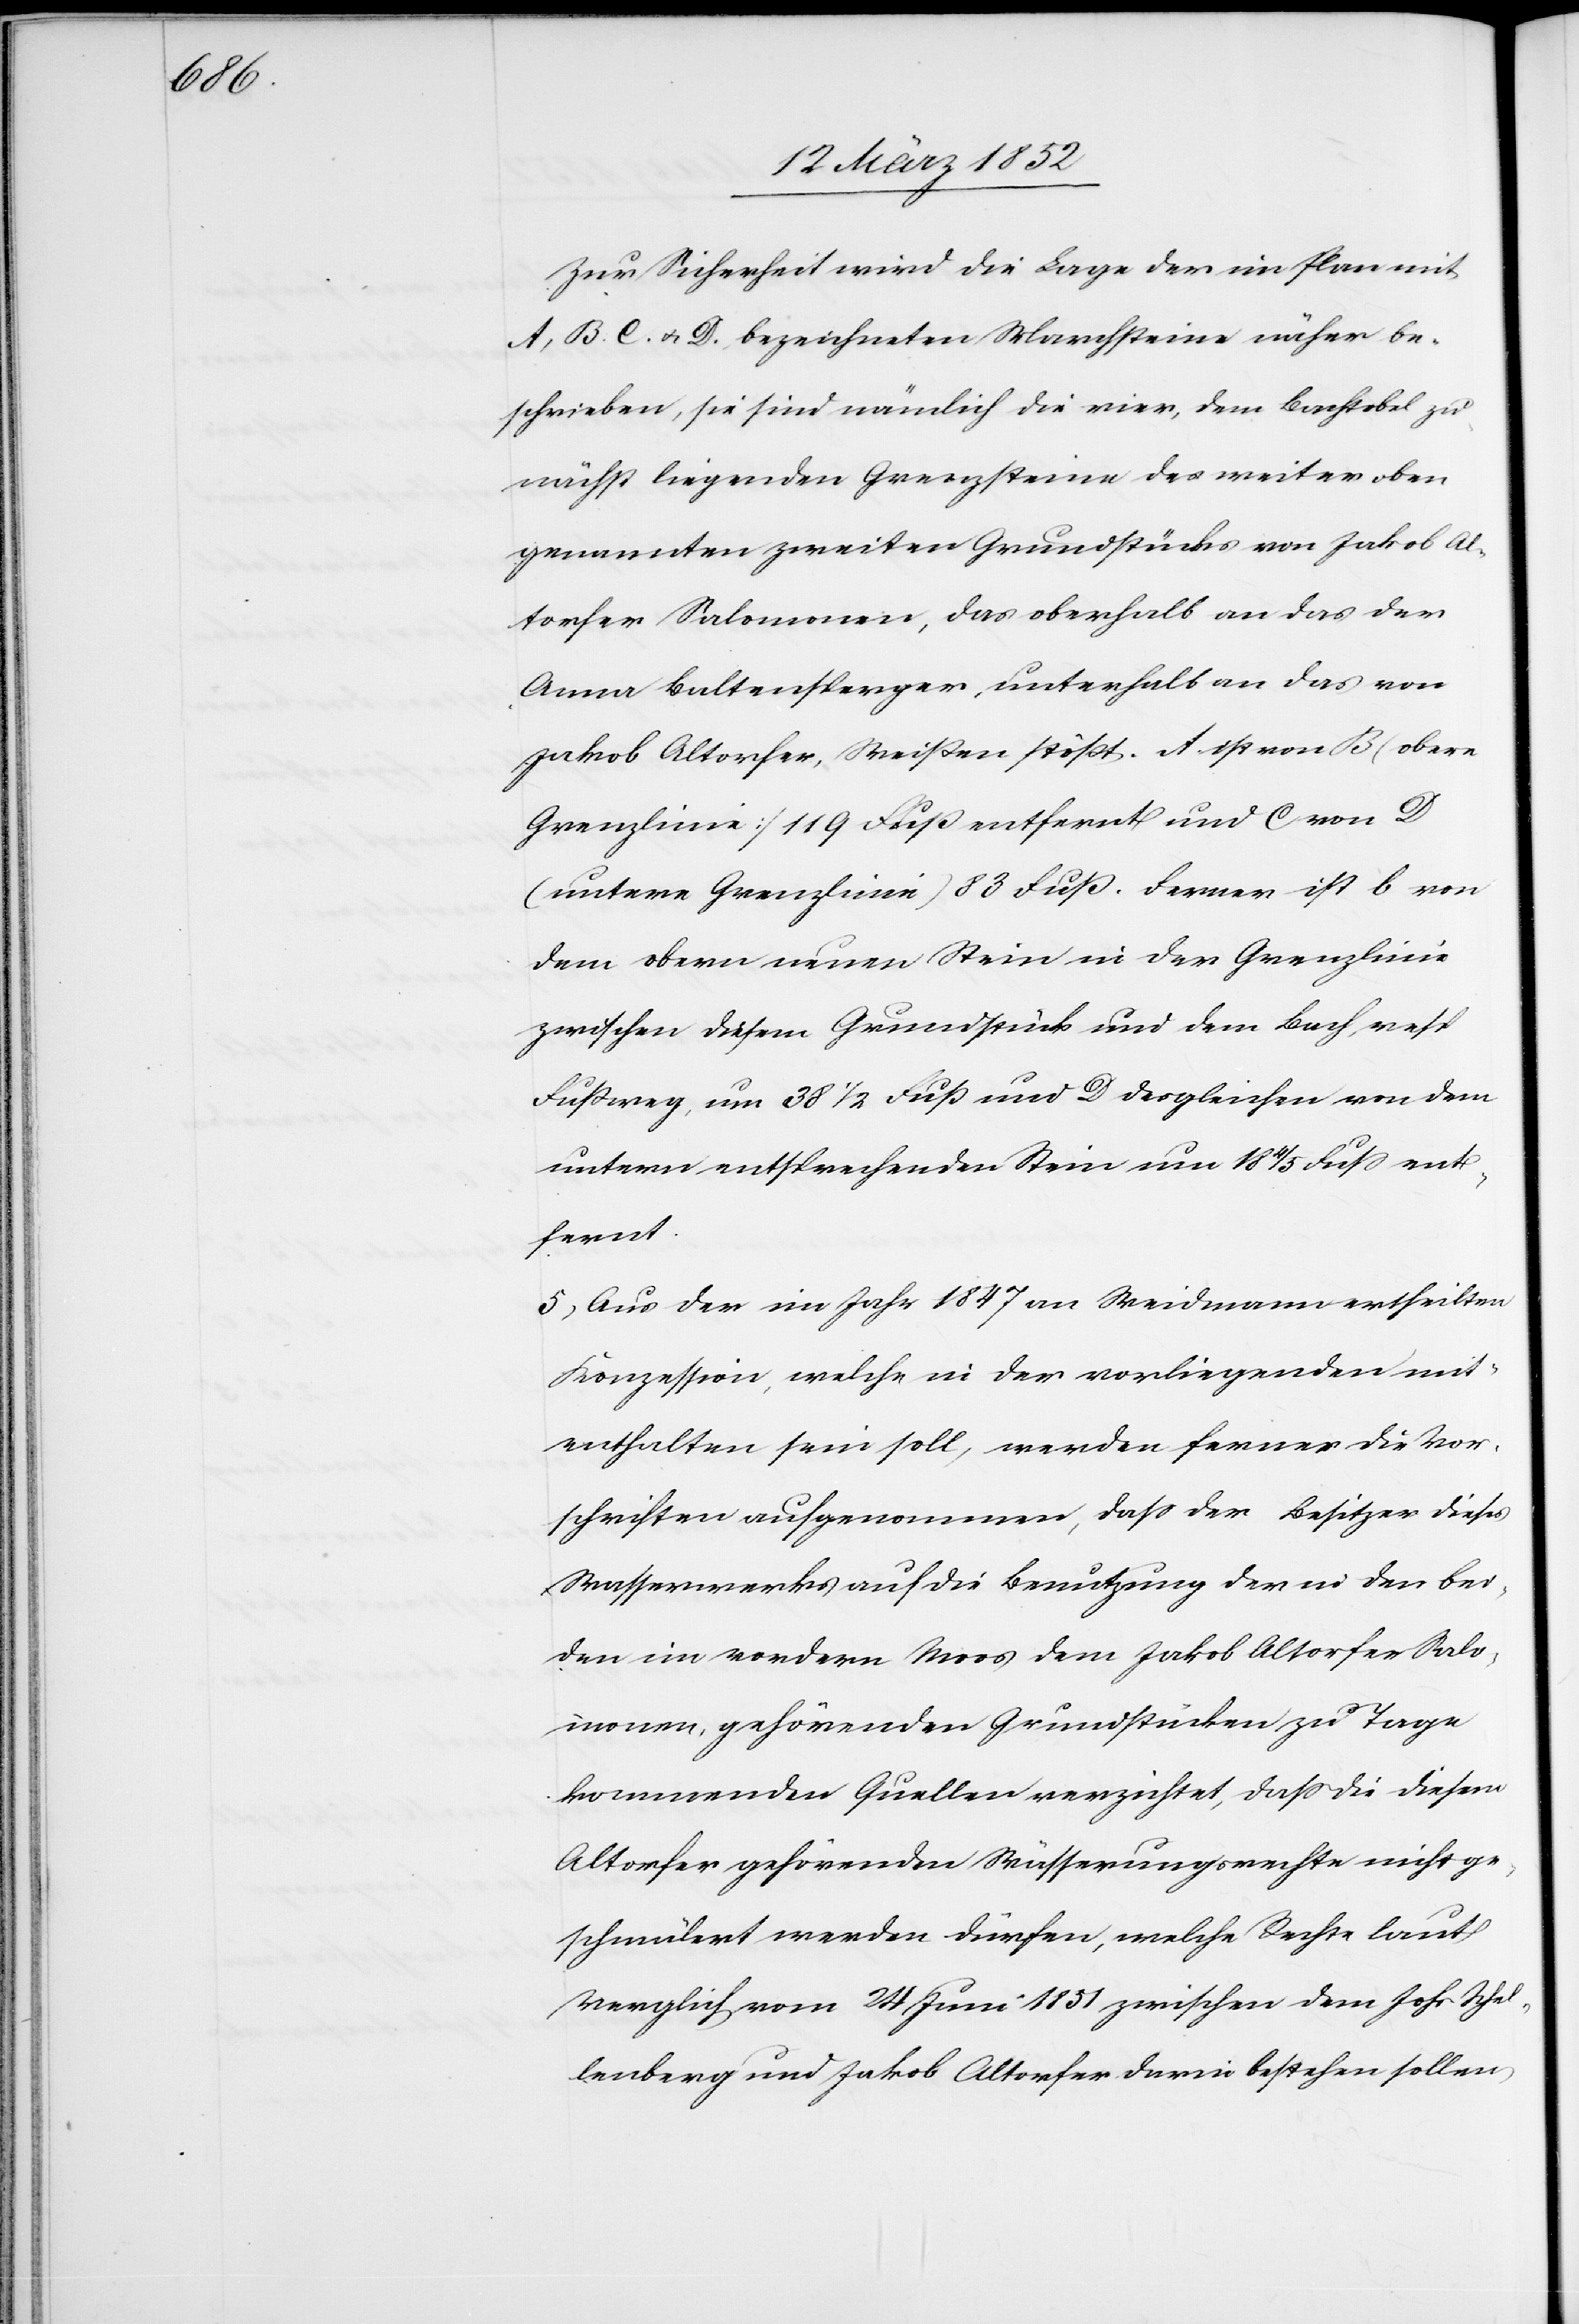
Zur Sicherheit wird die Lage der im Plan mit
A, B. C. u. D. bezeichneten Marchsteine näher be¬
schrieben, sie sind nämlich die vier, dem Bachtobel zu¬
nächst liegenden Grenzsteine des weiter oben
genannten zweiten Grundstücks von Jakob Al¬
torfer Salomonen, das oberhalb an das der
Anna Baltensperger, unterhalb an das von
Jakob Altorfer, Weißen stößt. A ist von B (obere
Grenzlinie) 119 Fuß entfernt und C von D
(untere Grenzlinie) 83 Fuß. Ferner ist b von
dem obern neuen Stein in der Grenzlinie
zwischen diesem Grundstück und dem Bach, nebst
Fußweg, um 38 1/2 Fuß und D desgleichen von dem
untern entsprechenden Stein um 18 4/5 Fuß ent¬
fernt.
5) Aus der im Jahr 1847 an Weidmann ertheilten
Konzession, welche in der vorliegenden mit¬
enthalten sein soll, werden ferner die Vor¬
schriften aufgenommen, daß der Besitzer dieses
Wasserwerkes auf die Benutzung der in den bei¬
den im vordern Moos dem Jakob Altorfer Salo¬
monen, gehörenden Grundstücken zu Tage
kommende Quellen verzichtet, daß die diesem
Altorfer gehörenden Wässerungsrechte nicht ge¬
schmälert werden dürfen, welche Rechte laut
Vergleich vom 24 Juni 1851 zwischen dem Johs Schel¬
lenberg und Jakob Altorfer darin bestehen sollen